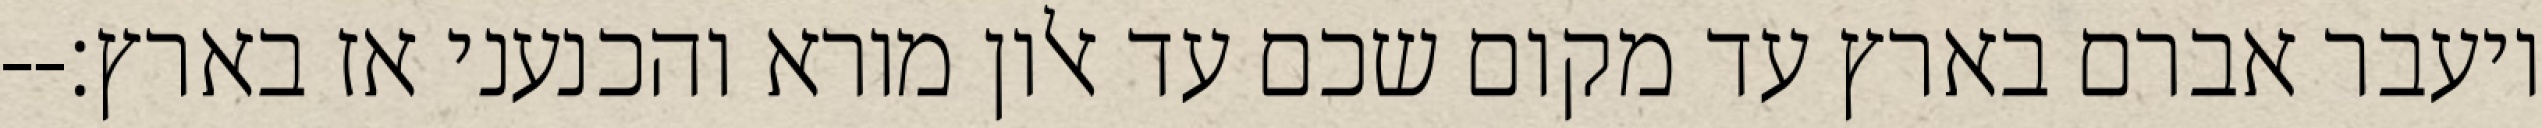
ויעבר אברם בארץ עד מקום שכם עד אלון מורא והכנעני אז בארץ׃--